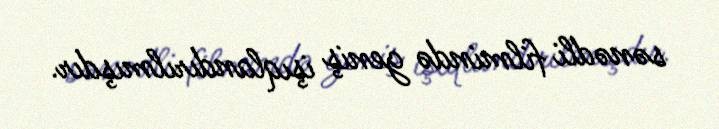
sənədli filmində geniş işıqlandırılmışdır.